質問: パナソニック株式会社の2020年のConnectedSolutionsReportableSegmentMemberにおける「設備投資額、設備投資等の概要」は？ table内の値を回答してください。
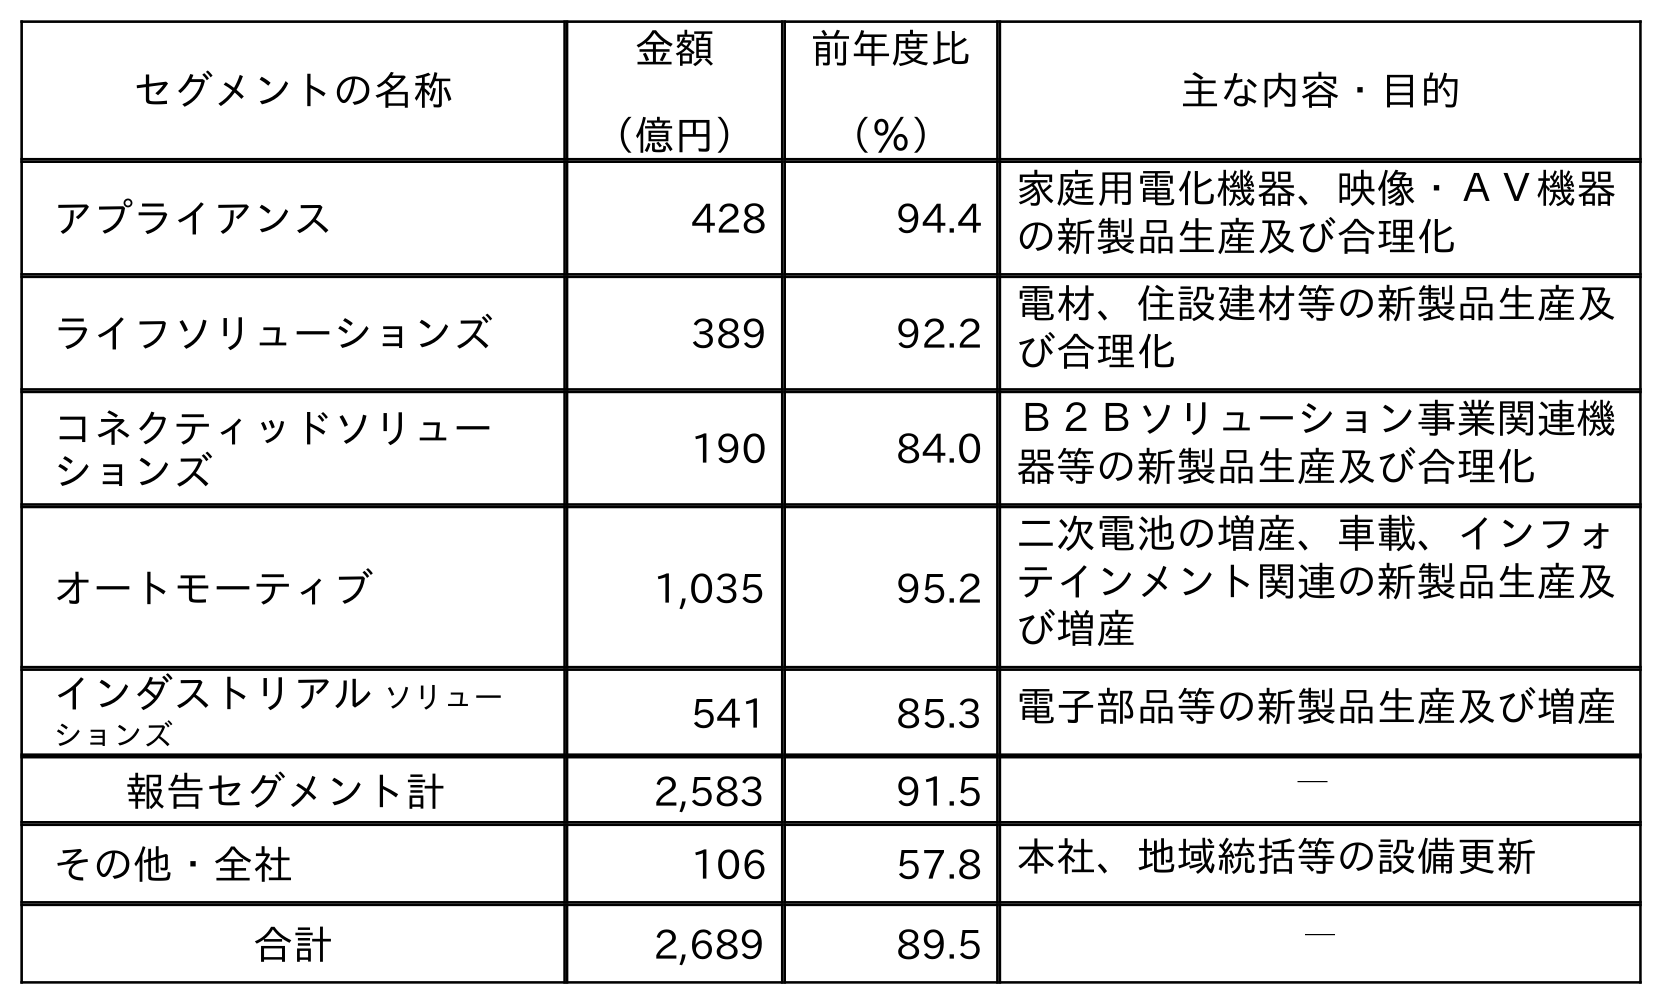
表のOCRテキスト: セグメントの名称 金額 （億円） 前年度比 （％） 主な内容・目的 アプライアンス 428 94.4 家庭用電化機器、映像・ＡＶ機器 の新製品生産及び合理化 ライフソリューションズ 389 92.2 電材、住設建材等の新製品生産及 び合理化 コネクティッドソリュー ションズ 190 84.0 Ｂ２Ｂソリューション事業関連機 器等の新製品生産及び合理化 オートモーティブ 1,035 95.2 二次電池の増産、車載、インフォ テインメント関連の新製品生産及 び増産 インダストリアル ソリュー ションズ 541 85.3 電子部品等の新製品生産及び増産 報告セグメント計 2,583 91.5 ─ その他・全社 106 57.8 本社、地域統括等の設備更新 合計 2,689 89.5 ─
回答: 190